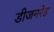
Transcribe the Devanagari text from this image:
डीजनरेड